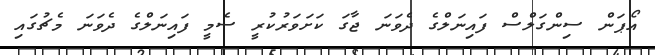
އޯޕަން ސިންގަލްސް ފައިނަލްގެ ދެވަނަ ޖާގަ ކަށަވަރުކުރީ ސެމީ ފައިނަލްގެ ދެވަނަ މެޗުގައި